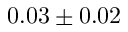
0 . 0 3 \pm 0 . 0 2